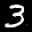
Label: 3